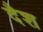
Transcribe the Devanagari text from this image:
दैश